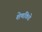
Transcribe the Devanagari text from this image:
शेणकिडे